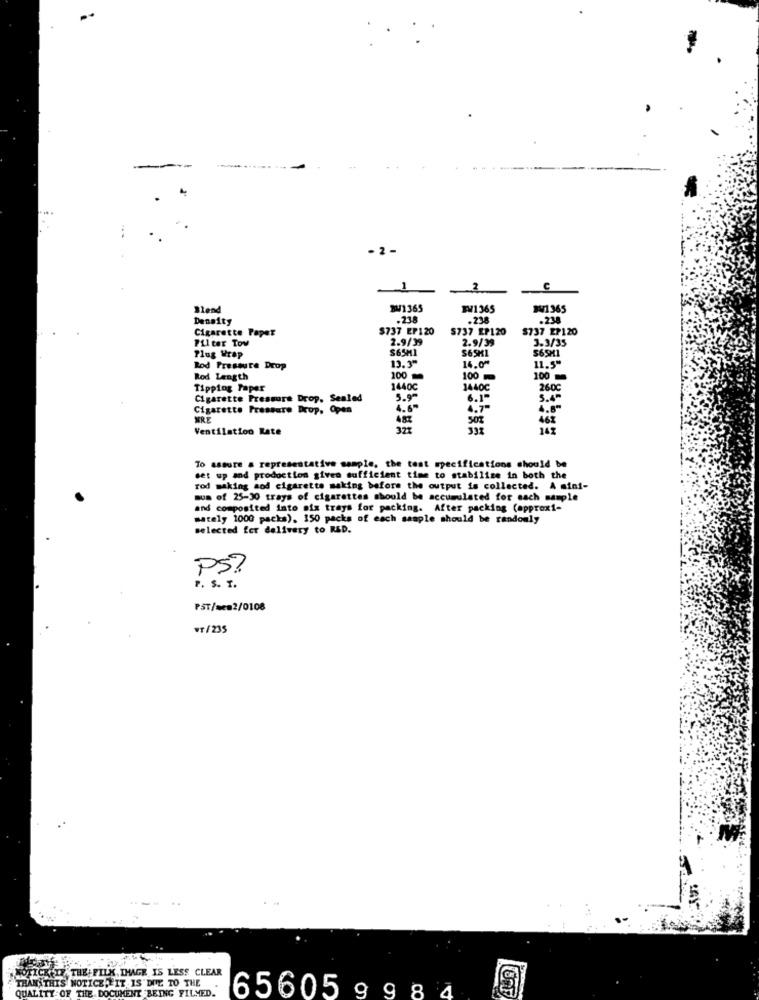
- 2-
1
2
c
Blend
21365
BW1365
SW1365
Density
-238
.238
.238
Cigarette Paper
$737 EP120
$737 EP120
$737 EP120
Filter Tov
2.9/39
2.9/39
3.3/35
$65MI
$65KL
$65H1
Plug Wrap
13.3"
Rod Pressure Drop
14.0"
11.5"
Rod Length
100
100
100
Tipping Paper
1440℃
1440C
260C
Cigarette Pressure Drop, Sealed
5.90
6.1-
5.4"
Cigarette Pressure Drop, Open
4.6"
4.7-
4.8"
WRE
487
468
Ventilation Rate
32%
331
To assure a representative sample, the test specifications should be
set up and production given sufficient time to stabilize in both the
rod making aod cigarette making before the output is collected. A mini-
mus of 25-30 trays of cigarettes should be accumulated for each sample
and composited into six trays for packing. After packing (approx1-
mately 1000 packs), 150 packs of each sample should be randomly
selected for delivery to RED.
PS?
P. S. T.
PST/mes2/0108
WT/235
KICK IF THE FILK. IMAGE IS LESS CLEAR
THAN THIS NOTICE, IT IS"DUE TO THE
QUALITY OF THE DOCUMENT BEING FILMED.
65605 9984